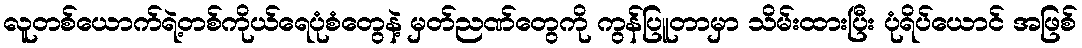
လူတစ်ယောက်ရဲ့တစ်ကိုယ်ရေပုံစံတွေနဲ့ မှတ်ညဏ်တွေကို ကွန်ပြူတာမှာ သိမ်းထားပြီး ပုံရိပ်ယောင် အဖြစ်